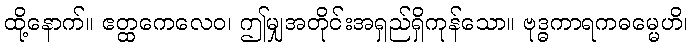
ထို့နောက်။ ဧတ္ထကေလေဝ၊ ဤမျှအတိုင်းအရှည်ရှိကုန်သော။ ဗုဒ္ဓကာရကဓမ္မေဟိ၊